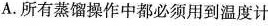
A.所有蒸馏操作中都必须用到温度计